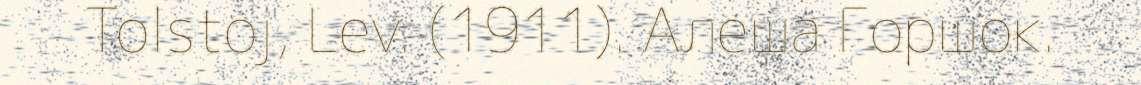
Tolstoj, Lev. (1911). Алеша Горшок.